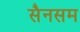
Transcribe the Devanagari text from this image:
सैनसम